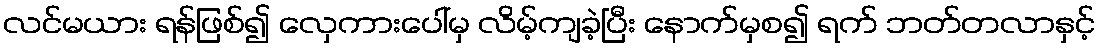
လင်မယား ရန်ဖြစ်၍ လှေကားပေါ်မှ လိမ့်ကျခဲ့ပြီး နောက်မှစ၍ ရက် ဘတ်တလာနှင့်